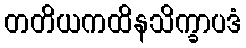
တတိယကထိနသိက္ခာပဒံ